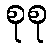
စုစု